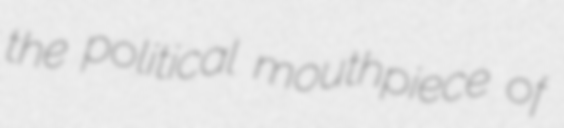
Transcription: the political mouthpiece of